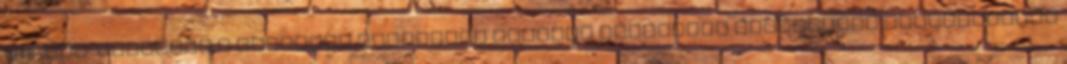
1948-ban. Trumpnak a változás ígéretére épített populista koalíciója lehengerelte